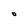
Character: O